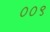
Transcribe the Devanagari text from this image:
००९